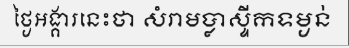
ថ្ងៃអង្គារនេះថា សំរាមប្លាស្ទីកទម្ងន់